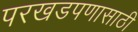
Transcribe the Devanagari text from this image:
परखडपणासाठी